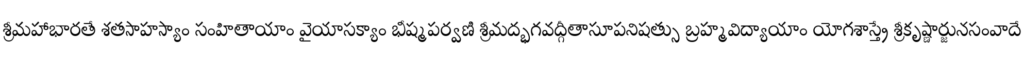
శ్రీమహాభారతే శతసాహస్యాం సంహితాయాం వైయాసక్యాం భీష్మపర్వణి శ్రీమద్భగవద్గీతాసూపనిషత్సు బ్రహ్మవిద్యాయాం యోగశాస్త్రే శ్రీకృష్ణార్జునసంవాదే